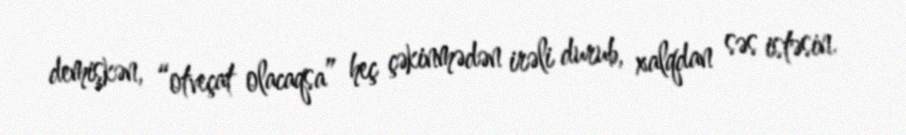
demişkən, “otveçat olacaqsa” heç çəkinmədən irəli durub, xalqdan səs istəsin.